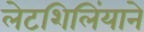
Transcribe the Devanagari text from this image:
लेटशिलिंयाने